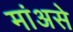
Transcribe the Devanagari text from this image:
मांअसे